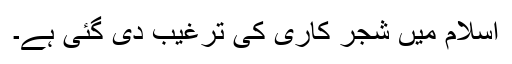
اسلام میں شجر کاری کی ترغیب دی گئی ہے۔